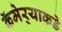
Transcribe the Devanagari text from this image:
कॅमेर्‍याकडे